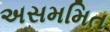
અસમમિત